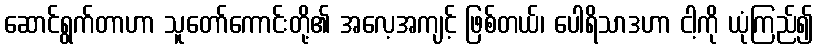
ဆောင်ရွက်တာဟာ သူတော်ကောင်းတို့၏ အလေ့အကျင့် ဖြစ်တယ်၊ ပေါရိသာဒဟာ ငါ့ကို ယုံကြည်၍